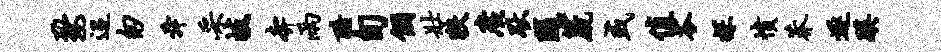
婺迢匆舜采岐奔雨酷旬个壮狭广耿随篪或值苓探愤莽逐蹊